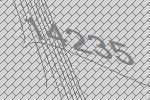
14235